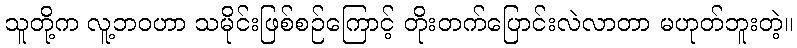
သူတို့က လူ့ဘဝဟာ သမိုင်းဖြစ်စဉ်ကြောင့် တိုးတက်ပြောင်းလဲလာတာ မဟုတ်ဘူးတဲ့။